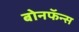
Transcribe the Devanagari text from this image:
बोनफॅन्स